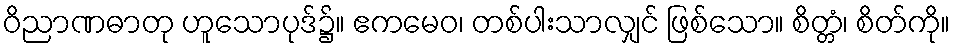
ဝိညာဏဓာတု ဟူသောပုဒ်၌။ ဧကမေဝ၊ တစ်ပါးသာလျှင် ဖြစ်သော။ စိတ္တံ၊ စိတ်ကို။